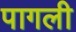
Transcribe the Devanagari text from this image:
पागली